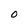
Character: O